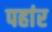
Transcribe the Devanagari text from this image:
पहांर